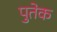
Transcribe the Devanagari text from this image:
पुतेक